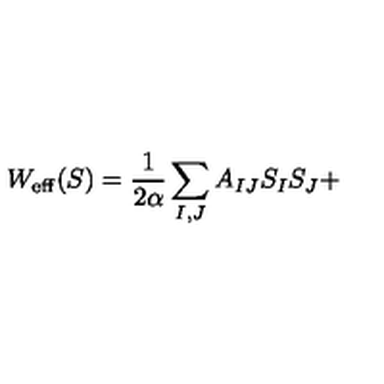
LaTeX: W _ { \mathrm { { e f f } } } ( S ) = \frac { 1 } { 2 \alpha } \sum _ { I , J } A _ { I J } S _ { I } S _ { J } +